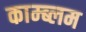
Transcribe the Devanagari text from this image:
काम्ब्लम